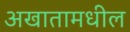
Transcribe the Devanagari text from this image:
अखातामधील